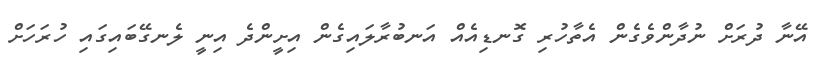
އޭނާ ދުރަށް ނުދާންވެގެން އެތާހުރި ގޮނޑިއެއް އަނބުރާލައިގެން އިށީންދެ އިނީ ލެނގޭބައިގައި ހުރަހަށް